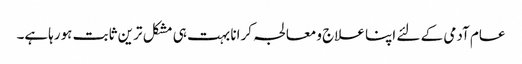
عام آدمی کے لئے اپنا علاج ومعالجہ کرانا بہت ہی مشکل ترین ثابت ہورہاہے۔